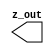
// SPDX-License-Identifier: Apache-2.0
// Copyright (C) 2019 Intel Corporation. 
//****************************************************************************************
// Copyright (C) 2011 Altera Corporation. .
//
//****************************************************************************************

//------------------------------------------------------------------------
// Description: GTIEH cell
// 
// GTIEH is a special "buffer" where the output polarity (1 or 0) can be changed 
// at M2 layer
// 
// GITEH will by default drive a constant "1"
//
//------------------------------------------------------------------------

module altr_hps_gtieh (
    output wire         z_out     // output
);

`ifdef ALTR_HPS_INTEL_MACROS_OFF
   assign z_out = 1'b1;
`else
`endif

endmodule // altr_hps_gtieh